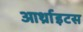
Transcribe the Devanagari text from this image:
आर्थ्राइटस